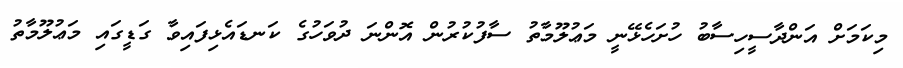
މިކަމަށް އަންދާސީހިސާބު ހުށަހެޅޭނީ މަޢުލޫމާތު ސާފުކުރުން އޮންނަ ދުވަހުގެ ކަނޑައެޅިފައިވާ ގަޑީގައި މަޢުލޫމާތު